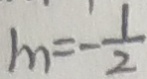
m = - \frac { 1 } { 2 }